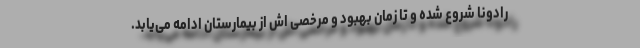
رادونا شروع شده و تا زمان بهبود و مرخصی اش از بیمارستان ادامه می‌یابد.